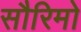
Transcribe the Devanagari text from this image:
सौरिमो